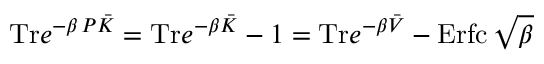
\mathrm { T r } e ^ { - \beta \, P \bar { { \cal K } } } = \mathrm { T r } e ^ { - \beta \bar { { \cal K } } } - 1 = \mathrm { T r } e ^ { - \beta \bar { { \cal V } } } - \mathrm { E r f c } \, \sqrt { \beta }